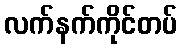
လက်နက်ကိုင်တပ်